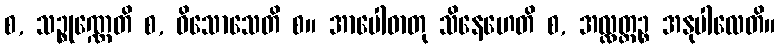
စ, သဉ္စုဏ္ဏေတိ စ, ဝိသောသေတိ စ။ အာပေါဓာတု သိနေဟေတိ စ, အလ္လတ္တဉ္စ အနုပါလေတိ။